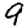
Digit: 9